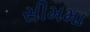
સીમમા